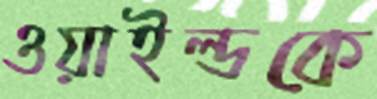
ওয়াইল্ডকে